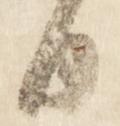
日